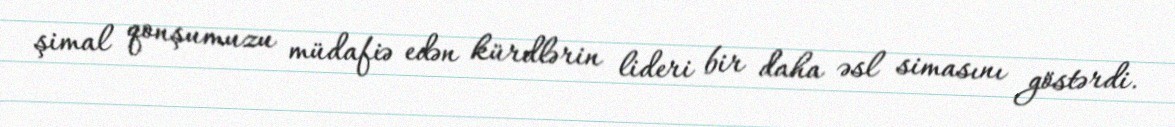
şimal qonşumuzu müdafiə edən kürdlərin lideri bir daha əsl simasını göstərdi.